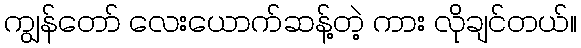
ကျွန်တော် လေးယောက်ဆန့်တဲ့ ကား လိုချင်တယ်။